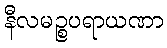
နီလမဉ္စပရာယဏာ